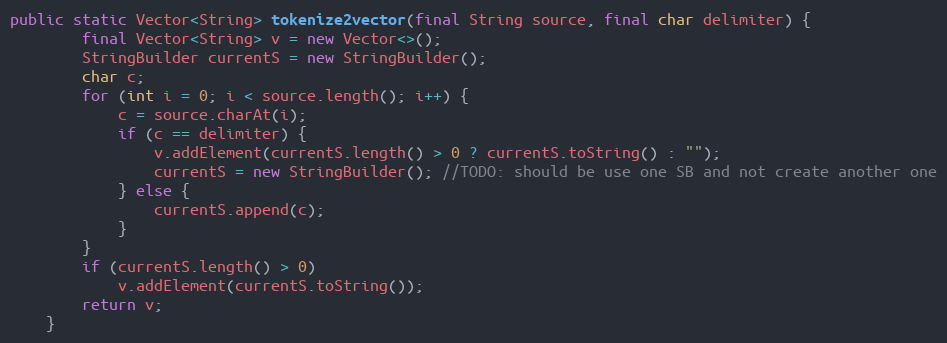
Language: Java
public static Vector<String> tokenize2vector(final String source, final char delimiter) {
		final Vector<String> v = new Vector<>();
		StringBuilder currentS = new StringBuilder();
		char c;
		for (int i = 0; i < source.length(); i++) {
			c = source.charAt(i);
			if (c == delimiter) {
				v.addElement(currentS.length() > 0 ? currentS.toString() : "");
				currentS = new StringBuilder(); //TODO: should be use one SB and not create another one
			} else {
				currentS.append(c);
			}
		}
		if (currentS.length() > 0)
			v.addElement(currentS.toString());
		return v;
	}